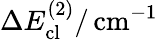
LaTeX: \Delta E_{\mathrm{cl}}^{(2)}/\, \mathrm{cm}^{-1}